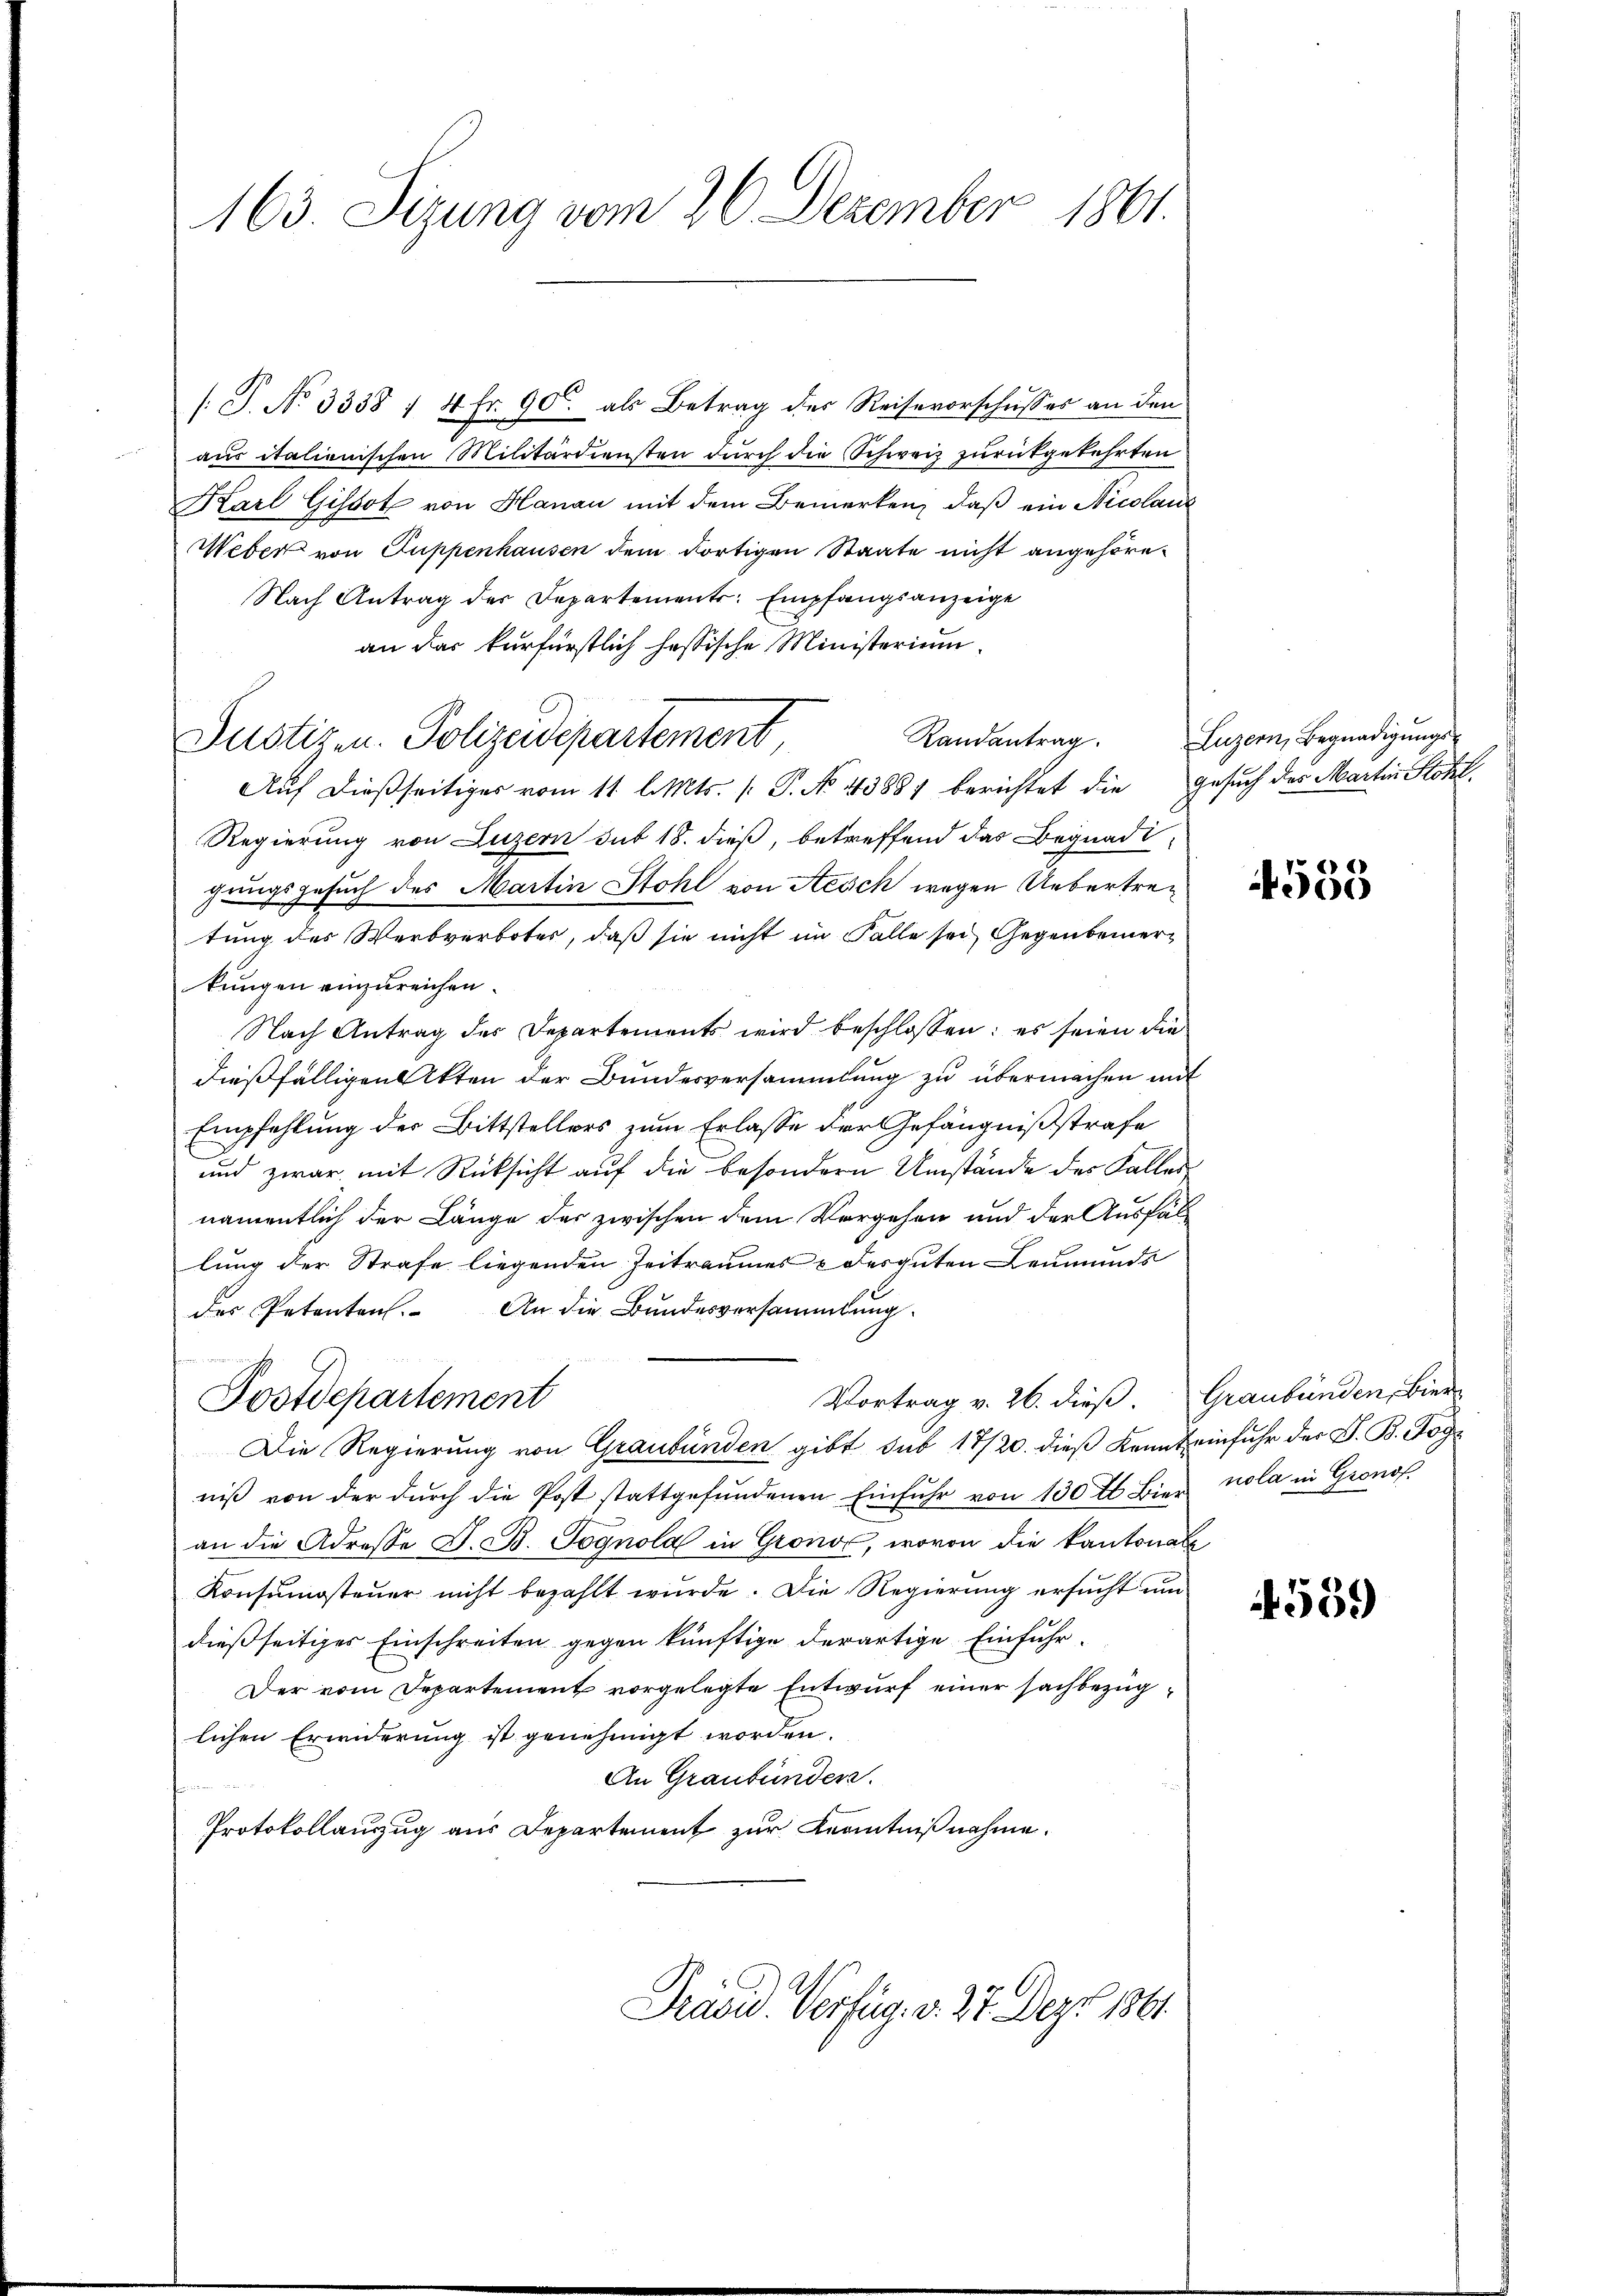
163. Seizung vom 26. Dezember 1861.

/: J. No 3338 f 4 Fr. 90 als Betrag des Reisevorschusses an den
aus italienischen Militärdiensten durch die Schweiz zurückgekehrten
Karl Gissot von Hanau mit dem Bemerken, daß ein Nicolaus
Weber von Suppenhausen dem dortigen Staate nicht angehöre¬
Nach Antrag der Departements: Empfangsanzeige
an das kurfürstlich hassische Ministerium.
Justizen. Polizeidepartement
Auf dießseitiges vom 11. l. Mts. [ P. No 43881 berichtet die Gesuch des Martin Stöhl
Regierung von Luzern sub 18. dieß, betreffend das Begnadigungsgesuch des Martin Stohl von Aesch wegen Uebertretung des Werbverbotes, daß sie nicht im Falle sei Gegenbemerkungen einzureichen.
Nach Antrag des Departements wird beschlossen: es seien die
dießfälligen Akten der Bundesversammlung zu übermachen mit
Empfehlung der Bittstellers zum Erlasse der Gefängnißstrafe
und zwar mit Rücksicht auf die besondern Umstände des Faller
namentlich der Länge der zwischen dem Vergehen und der Ausfällung der Strafe liegenden Zeitraumes & derguten Leumunds
des Petenten. An die Bundesversammlung.
Vortrag v. 26. dieß. Graubünden, Bier
Postdepartement
Die Regierung von Graubünden gibt sub 17/20. dieß kannt einfuhr der S. B. Soge
niβ von der dŭrch die Post stattgefŭndenen Einführ von 130 tt Bier nola in Gronof
an die Adresse G. B. Sognola in Gronos, wovon die kantonale
Konsumsteuer nicht bezahlt wurde. Die Regierung ersucht und
dießseitiges Einschreiten gegen künftige derartige Einfuhr¬
Der vom Departement vorgelegte Entwurf einer sachbezüglichen Erwiderung ist genehmigt worden.
An Graubünden.
t
Protokollauzug aus Departement zur Kenntnißnahme.
Präsid. Verfüg. v. 27. Dez. 1891

Randantrag. Luzern, Begnadigŭngs-

4558

559